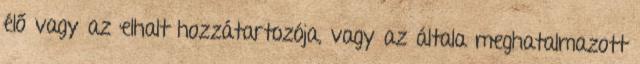
élő vagy az elhalt hozzátartozója, vagy az általa meghatalmazott